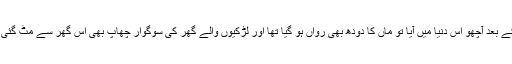
اس کے بعد آچھو اس دنیا میں آیا تو ماں کا دودھ بھی رواں ہو گیا تھا اور لڑکیوں والے گھر کی سوگوار چھاپ بھی اس گھر سے مٹ گئی تھی۔